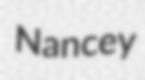
Nancey